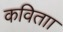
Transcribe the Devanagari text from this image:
कविताा